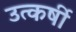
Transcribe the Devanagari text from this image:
उत्कर्षी